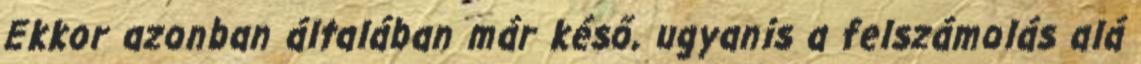
Ekkor azonban általában már késő, ugyanis a felszámolás alá